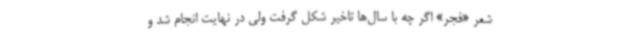
شعر «فجر» اگر چه با سال‌ها تاخیر شکل گرفت ولی در نهایت انجام شد و